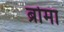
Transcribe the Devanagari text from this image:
ब्रोमा